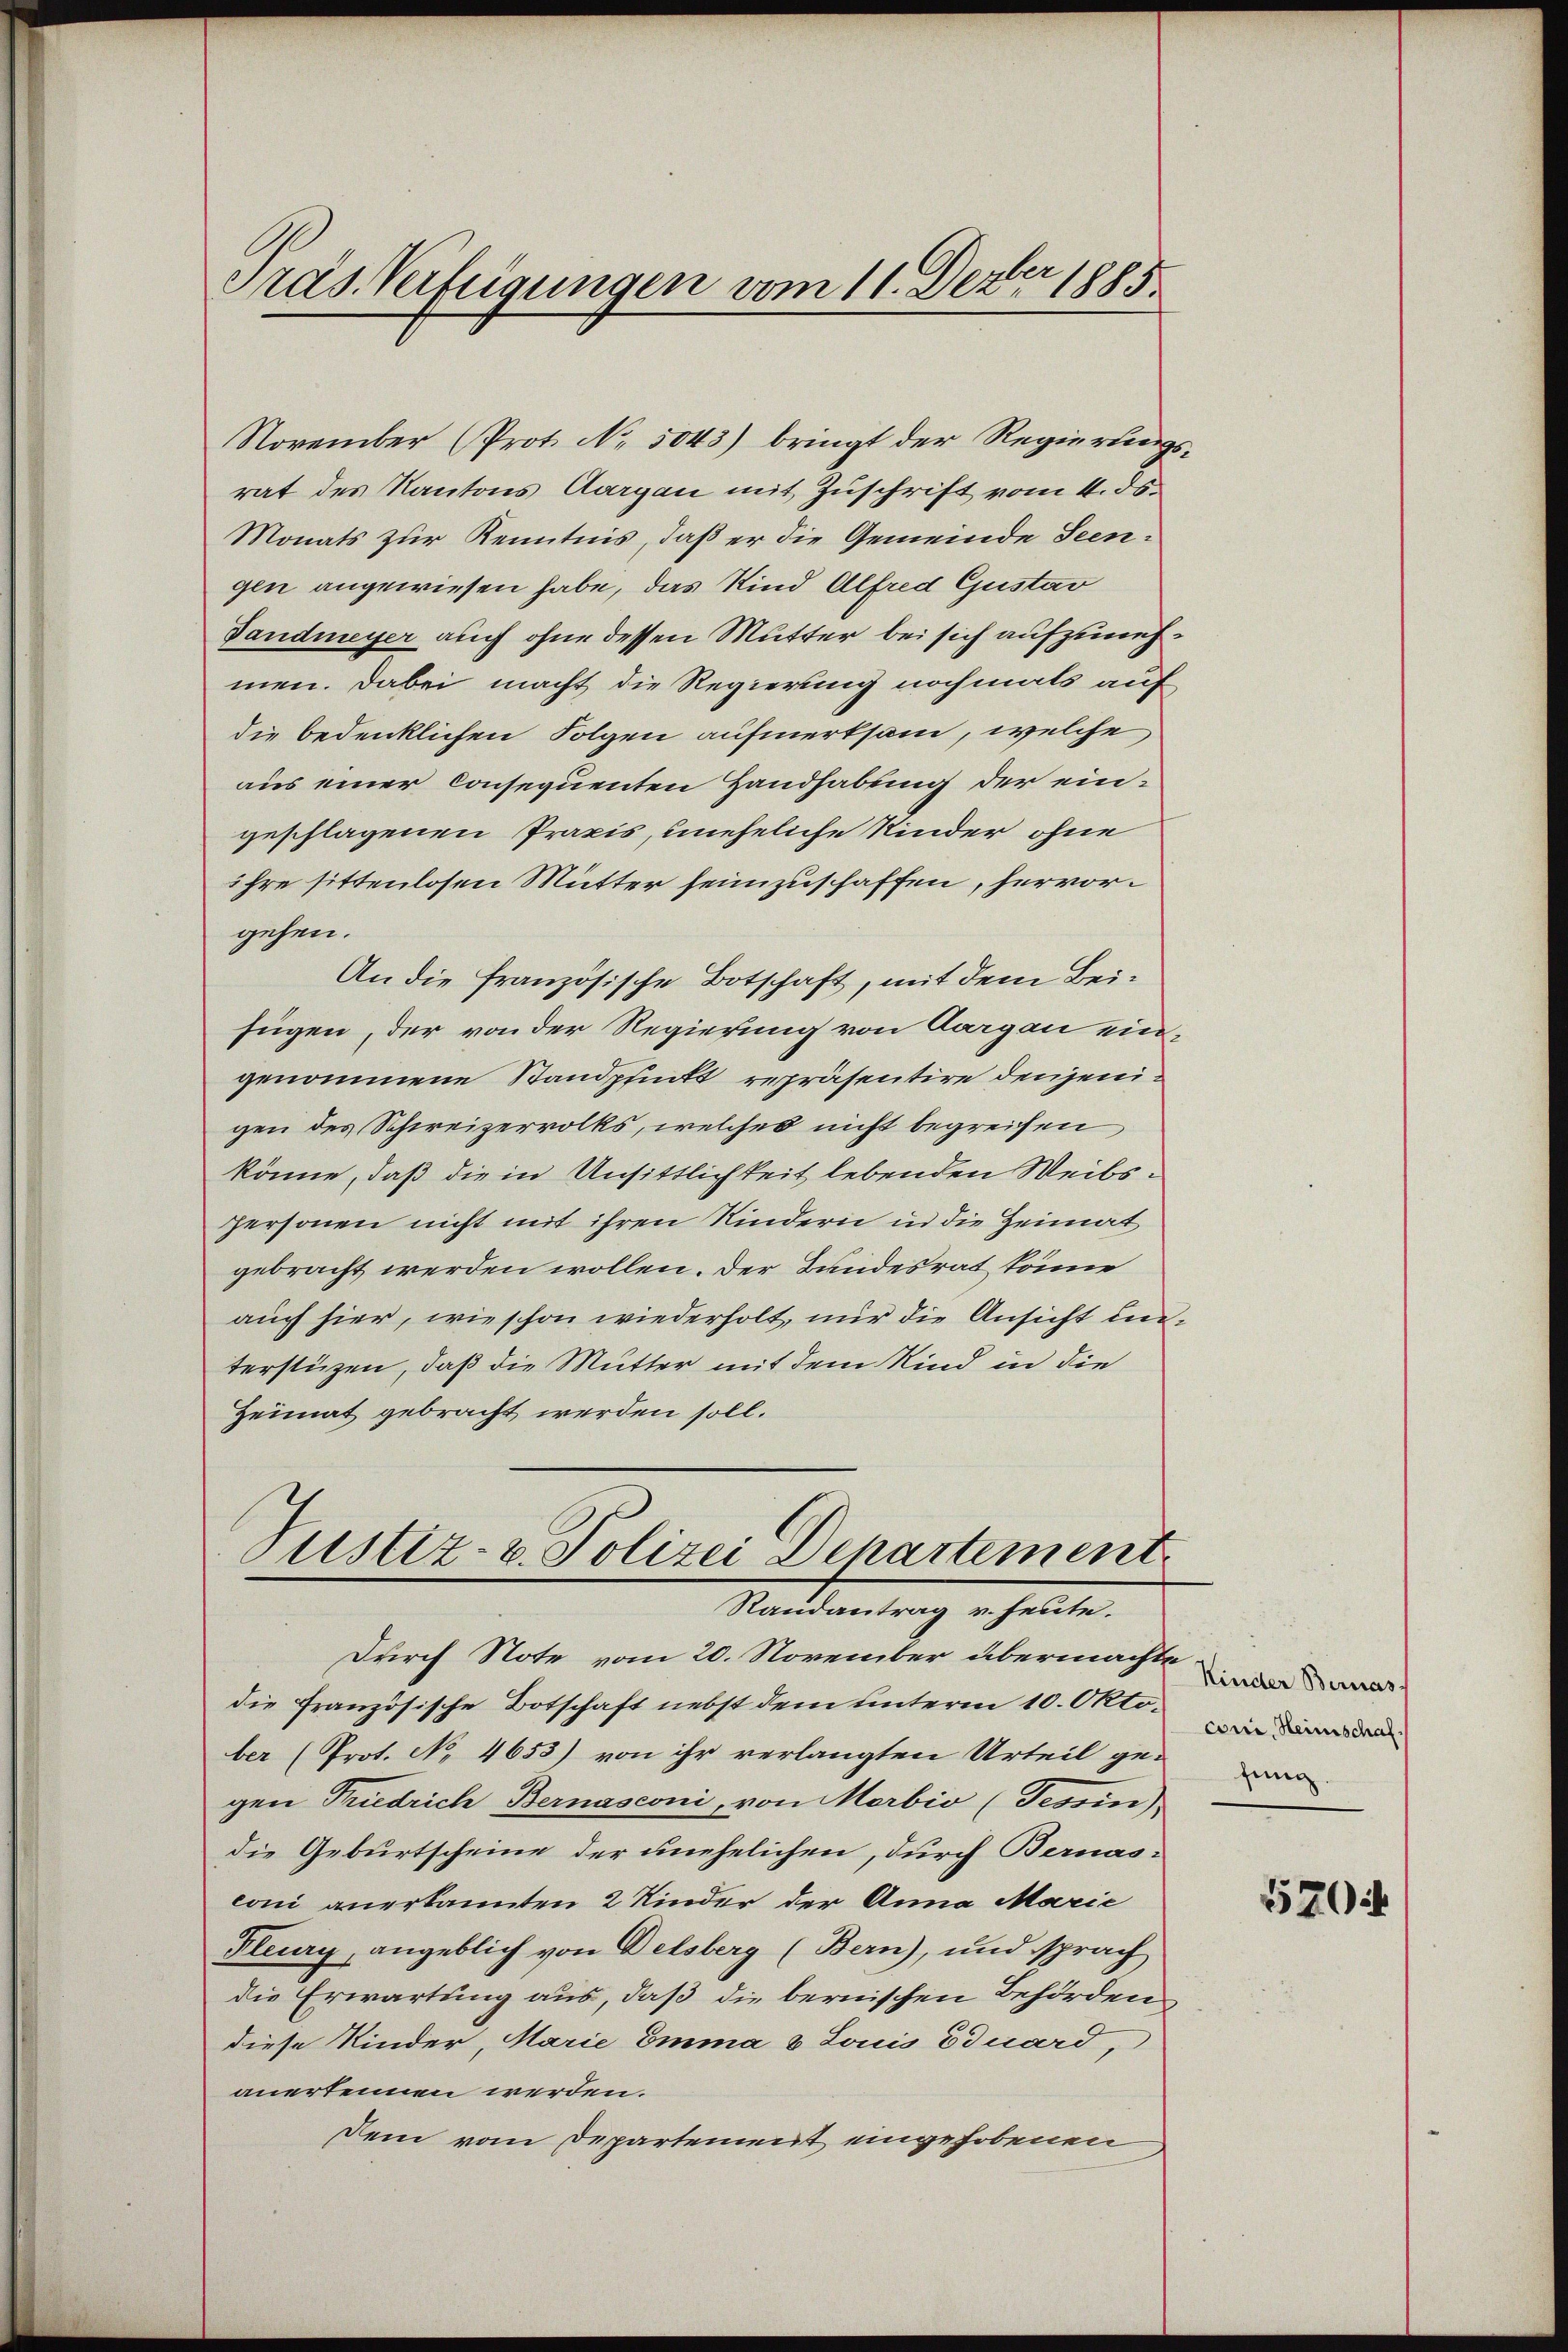
Präs. Verfügungen vom 11. Dezbr 1885.

November (Prot. No. 5043) bringt der Regierungsrat des Kantons Aargau mit Zuschrift vom 4. ds.
Monats zur Kenntnis, daß er die Gemeinde Seengen angewiesen habe, das Kind Alfred Gustav
Dandmeyer auch ohne dessen Mutter bei sich aufzunehmen. Dabei macht die Regierung nochmals auf
die bedenklichen Folgen aufmerksam, welche
aus einer Consequenten Handhabung der eingeschlagenen Praxis, uneheliche Kinder ohne
ihre sittenlosen Mutter heimzuschaffen, hervorgehen.
An die französische Botschaft, mit dem Beifügen, der von der Regierung von Aargau eingenommene Standpunkt repräsentire denjenigen des Schweizervolks, welches nicht begreifen
könne, daß die in Unsittlichkeit lebenden Weibspersonen nicht mit ihren Kindern in die Heimat
gebracht werden wollen. Der Bundesrat könne
auch hier, wie schon wiederholt, nur die Ansicht unterstüzen, daß die Mutter mit dem Kind in die
Heimat gebracht werden soll.
Justiz- u. Polizei Departement
Randantrag v. heute.

durch Note vom 20. November übermachte da
die französische Botschaft nebst dem unterm 10. Oktober (Prot. No. 4653) von ihr verlangten Urteil ge-
gen Friedrich Bernasconi, von Morbio (Tessin),
die Geburtscheine der unehelichen, durch Bernas-
coni anerkannten 2 Kinder der Anna Marie
Flury, angeblich von Delsberg (Bern), und sprach
die Erwartung aus, daß die bernischen Behörden
diese Kinder, Marie Emma 5 Louis Eduard,
anerkennen werden.
Dem vom Departement eingehobenen

coni, Heimschaf
fung.

520